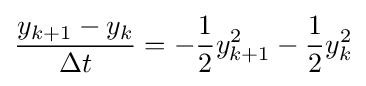
{\frac {y_{k+1}-y_{k}}{\Delta t}}=-{\frac {1}{2}}y_{k+1}^{2}-{\frac {1}{2}}y_{k}^{2}